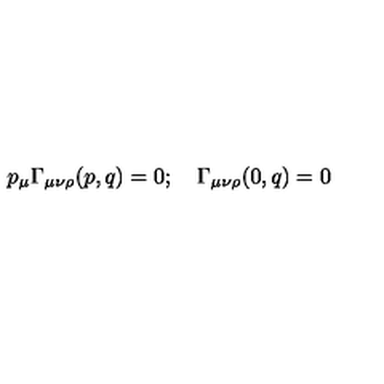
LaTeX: p _ { \mu } \Gamma _ { \mu \nu \rho } ( p , q ) = 0 ; \quad \Gamma _ { \mu \nu \rho } ( 0 , q ) = 0